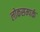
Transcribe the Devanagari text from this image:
लोकसम्पर्क